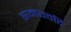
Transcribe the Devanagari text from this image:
समयवदि